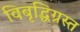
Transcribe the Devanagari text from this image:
विबृद्धिग्रस्त